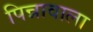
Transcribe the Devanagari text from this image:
पिन्नावाला